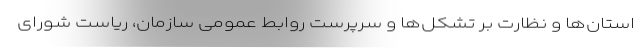
استان‌ها و نظارت بر تشکل‌ها و سرپرست روابط عمومی سازمان، ریاست شورای